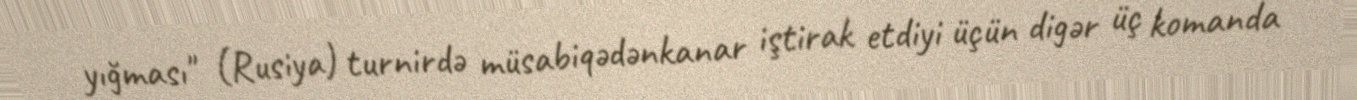
yığması" (Rusiya) turnirdə müsabiqədənkanar iştirak etdiyi üçün digər üç komanda